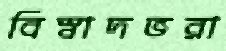
বিস্বাদভরা